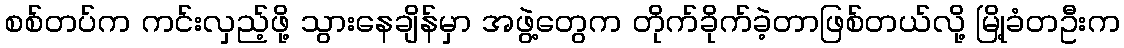
စစ်တပ်က ကင်းလှည့်ဖို့ သွားနေချိန်မှာ အဖွဲ့တွေက တိုက်ခိုက်ခဲ့တာဖြစ်တယ်လို့ မြို့ခံတဦးက